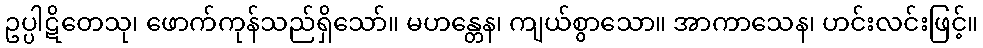
ဥပ္ပါဋိတေသု၊ ဖောက်ကုန်သည်ရှိသော်။ မဟန္တေန၊ ကျယ်စွာသော။ အာကာသေန၊ ဟင်းလင်းဖြင့်။